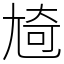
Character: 㞆